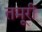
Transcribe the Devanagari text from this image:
तमूरी